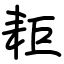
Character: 耟